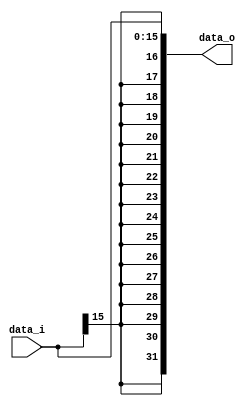

module Sign_Extend(
    data_i,
    data_o
    );

//I/O ports
input   [16-1:0] data_i;
output  [32-1:0] data_o;

//Internal Signals
reg     [32-1:0] data_o;

//Sign extended
always @(data_i) begin
	data_o[15:0] = data_i[15:0];
	data_o[31:16] = {16{data_i[15]}};
end

endmodule